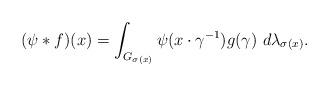
LaTeX: \begin{align*}(\psi * f)(x) = \int_{G_{\sigma(x)}} \psi( x \cdot \gamma^{-1}) g (\gamma) \ d\lambda_{\sigma(x)}.\end{align*}